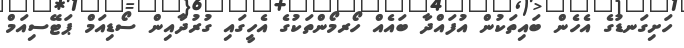
ހަށިގަނޑުގެ އެހެން ބައިތަކުން އުފައްދާ ބައެއް ހޯރމޯންތަކުގެ އެހީގައި ގުރުދާއިން ސޯޑިއަމް ޕަޓޭސިއަމް